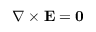
\nabla \times \mathbf { E } = \mathbf { 0 }